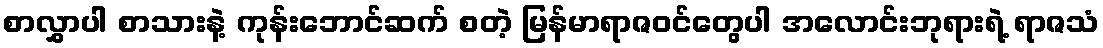
စာလွှာပါ စာသားနဲ့ ကုန်းဘောင်ဆက် စတဲ့ မြန်မာရာဇဝင်တွေပါ အလောင်းဘုရားရဲ့ ရာဇသံ